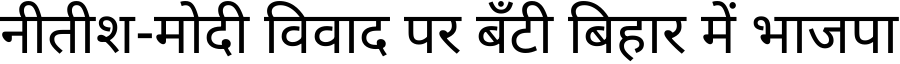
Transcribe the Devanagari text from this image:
नीतीश-मोदी विवाद पर बँटी बिहार में भाजपा